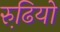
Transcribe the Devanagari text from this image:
रुढि़यो